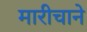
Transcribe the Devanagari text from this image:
मारीचाने